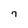
Character: 7